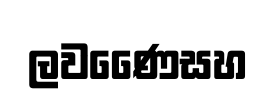
ලවණෛසහ